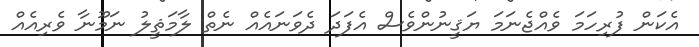
އެކަން ފުރިހަމަ ވެއްޖެނަމަ ޔަޤީނުންވެސް އެފަދަ ދެވަނައެއް ނެތް ލާމަޘީލު ނަމޫނާ ވެރިއެއް